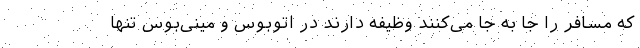
که مسافر را جا به جا می‌کنند وظیفه دارند در اتوبوس و مینی‌بوس تنها